Lunatic asylums Madras 1892-1911 - 1892-1911
Year: 1892
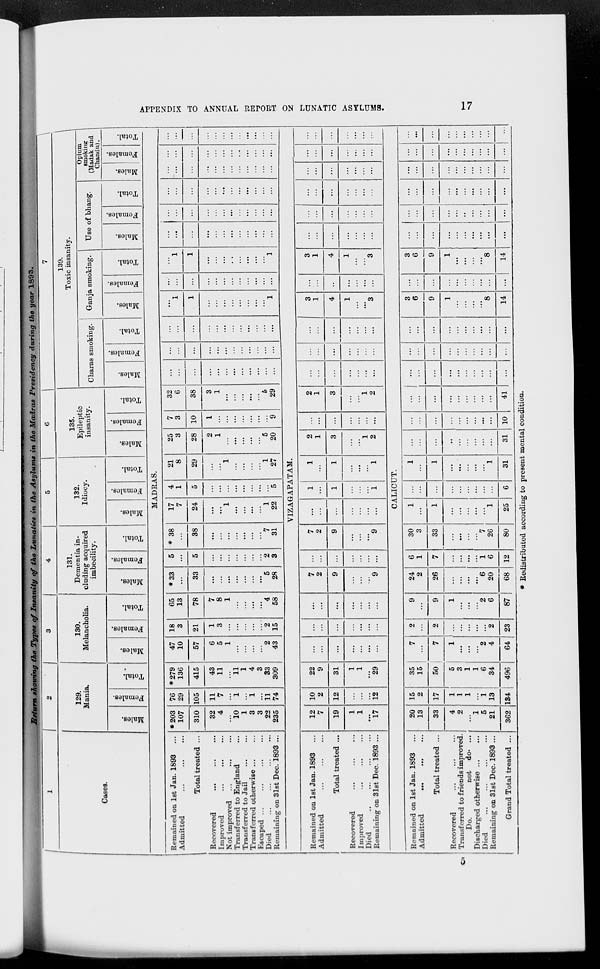
APPENDIX TO ANNUAL REPORT ON LUNATIC
ASYLUMS.
17
Return showing the Types of Insanity
of the Lunatics
in the Asylums
in the Madras Presidency
during the year 1893.
1
Cases.
2
129.
Mania.
Males.
Females.
Total.
3
130.
Melancholia.
Males.
Females.
Total.
4
131.
Dementia in-
cluding acquired
imbecility.
Males.
Females.
Total.
5
132.
Idiocy.
Males.
Females.
Total.
6
135.
Epileptic
insanity.
Males.
Females.
Total.
7
139.
Toxic insanity.
Charas smoking.
Males.
Females.
Total.
Ganja smoking.
Males.
Females.
Total.
Use of bhang.
Males.
Females.
Total.
Opium
smoking
(Madak and
Chandu).
Males.
Females.
Total.
MADRAS.
Remained on 1st Jan. 1893 ...
Admitted ... ... ...
Total treated ...
Recovered ... ... ...
Improved
...
...
...
Not improved ... ... ...
Transferred to England ...
Transferred to Jail ... ...
Transferred otherwise ... ...
Escaped ... ... ... ...
Died ... ... ... ...
Remaining on 31st Dec. 1893 ...
*203
107
310
32
4
...
10
1
3
3
22
235
76
29
105
11
7
...
1
...
1
...
11
74
*279
136
415
43
11
...
11
1
4
3
33
309
47
10
57
6
5
1
...
...
...
...
2
43
18
3
21
1
3
...
...
...
...
...
2
15
65
13
78
7
8
1
...
...
...
...
4
58
*33
...
33
...
...
...
...
...
...
...
5
28
5
...
5
...
...
...
...
...
...
...
2
3
*38
...
38
...
...
...
...
...
...
...
7
31
17
7
24
...
...
1
...
...
...
...
1
22
4
1
5
...
...
...
...
...
...
...
...
5
21
8
29
...
...
1
...
...
...
...
1
27
25
3
28
2
1
...
...
...
...
...
5
20
7
3
10
1
...
...
...
...
...
...
...
9
32
6
38
3
1
...
...
...
...
...
5
29
...
...
...
...
...
...
...
...
...
...
...
...
...
...
...
...
...
...
...
...
...
...
...
...
...
...
...
...
...
...
...
...
...
...
...
...
...
1
1
...
...
...
...
...
...
...
...
1
...
...
...
...
...
...
...
...
...
...
...
...
...
1
1
...
...
...
...
...
...
...
...
1
...
...
...
...
...
...
...
...
...
...
...
...
...
...
...
...
...
...
...
...
...
...
...
...
...
...
...
...
...
...
...
...
...
...
...
...
...
...
...
...
...
...
...
...
...
...
...
...
...
...
...
...
...
...
...
...
...
...
...
...
...
...
...
...
...
...
...
...
...
...
...
...
VIZAGAPATAM.
Remained on 1st Jan. 1893 ...
Admitted ... ... ...
Total treated ...
Recovered ... ... ...
Improved ... ... ...
Died
...
...
...
...
Remaining on 31st Dec. 1893 ...
12
7
19
1
1
...
17
10
2
12
...
...
...
12
22
9
31
1
1
...
29
...
...
...
...
...
...
...
...
...
...
...
...
...
...
...
...
...
...
...
...
...
7
2
9
...
...
...
9
...
...
...
...
...
...
...
7
2
9
...
...
...
9
...
...
...
...
...
...
...
1
...
1
...
...
...
1
1
...
1
...
...
...
1
2
1
3
...
...
1
2
...
...
...
...
...
...
...
2
1
3
...
...
1
2
...
...
...
...
...
...
...
...
...
...
...
...
...
...
...
...
...
...
...
...
...
3
1
4
1
...
...
3
...
...
...
...
...
...
...
3
1
4
1
...
...
3
...
...
...
...
...
...
...
...
...
...
...
...
...
...
...
...
...
...
...
...
...
...
...
...
...
...
...
...
...
...
...
...
...
...
...
...
...
...
...
...
...
...
CALICUT.
Remained on 1st Jan. 1893 ...
Admitted ... ... ...
Total treated ...
Recovered ... ... ...
Transferred to friends improve .
Do.
not do. ...
Discharged otherwise ... ...
Died
...
...
...
...
Remaining on 31st Dec. 1893 ...
Grand Total treated ...
20
13
33
4
2
...
1
5
21
362
15
2
17
1
1
1
...
1
13
134
35
15
50
5
3
1
1
6
34
496
7
...
7
1
...
...
...
2
4
64
2
...
2
...
...
...
...
...
2
23
9
...
9
1
...
...
...
2
6
87
24
2
26
...
...
...
...
6
20
68
6
1
7
...
...
...
...
1
6
12
30
3
33
...
...
...
...
7
26
80
1
...
1
...
...
...
...
...
1
25
...
...
...
...
...
...
...
...
...
6
1
...
1
...
...
...
...
...
1
31
...
...
...
...
...
...
...
...
...
31
...
...
...
...
...
...
...
...
...
10
...
...
...
...
...
...
...
...
...
41
...
...
...
...
...
...
...
...
...
...
...
...
...
...
...
...
...
...
...
...
...
...
...
...
...
...
...
...
...
...
3
6
9
1
...
...
...
...
8
14
...
...
...
...
...
...
...
...
...
...
3
6
9
1
...
...
...
...
8
14
...
...
...
...
...
...
...
...
...
...
...
...
...
...
...
...
...
...
...
...
...
...
...
...
...
...
...
...
...
...
...
...
...
...
...
...
...
...
...
...
...
...
...
...
...
...
...
...
...
...
...
...
...
...
...
...
...
...
...
...
* Redistributed according to present mental condition.
5